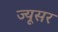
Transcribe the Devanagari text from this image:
ज्यूसर